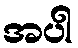
အပါ